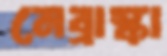
নেব্রাস্কা